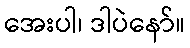
အေးပါ၊ ဒါပဲနော်။